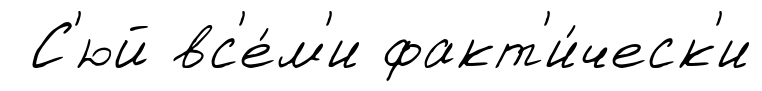
С'юй вс'е́м'и факт'и́ческ'и